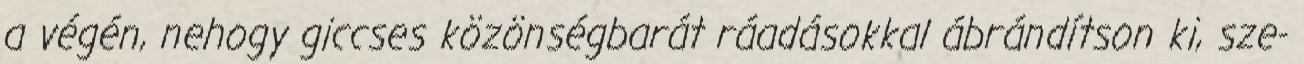
a végén, nehogy giccses közönségbarát ráadásokkal ábrándítson ki, sze-